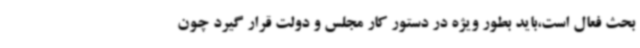
بحث فعال است،باید بطور ویژه در دستور کار مجلس و دولت قرار گیرد چون